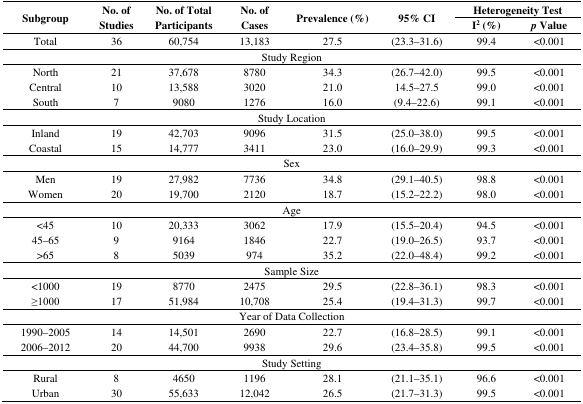
<table><thead><tr><td rowspan="2"><b>Subgroup</b></td><td rowspan="2"><b>No. of Studies</b></td><td rowspan="2"><b>No. of Total Participants</b></td><td rowspan="2"><b>No. of Cases</b></td><td rowspan="2"><b>Prevalence (%)</b></td><td rowspan="2"><b>95% CI</b></td><td colspan="2"><b>Heterogeneity Test</b></td></tr><tr><td><b>I<sup>2</sup> (%)</b></td><td><b><i>p</i> Value</b></td></tr></thead><tbody><tr><td>Total</td><td>36</td><td>60,754</td><td>13,183</td><td>27.5</td><td>(23.3–31.6)</td><td>99.4</td><td>&lt;0.001</td></tr><tr><td colspan="8">Study Region</td></tr><tr><td>North</td><td>21</td><td>37,678</td><td>8780</td><td>34.3</td><td>(26.7–42.0)</td><td>99.5</td><td>&lt;0.001</td></tr><tr><td>Central</td><td>10</td><td>13,588</td><td>3020</td><td>21.0</td><td>14.5–27.5</td><td>99.0</td><td>&lt;0.001</td></tr><tr><td>South</td><td>7</td><td>9080</td><td>1276</td><td>16.0</td><td>(9.4–22.6)</td><td>99.1</td><td>&lt;0.001</td></tr><tr><td colspan="8">Study Location</td></tr><tr><td>Inland</td><td>19</td><td>42,703</td><td>9096</td><td>31.5</td><td>(25.0–38.0)</td><td>99.5</td><td>&lt;0.001</td></tr><tr><td>Coastal</td><td>15</td><td>14,777</td><td>3411</td><td>23.0</td><td>(16.0–29.9)</td><td>99.3</td><td>&lt;0.001</td></tr><tr><td colspan="8">Sex</td></tr><tr><td>Men</td><td>19</td><td>27,982</td><td>7736</td><td>34.8</td><td>(29.1–40.5)</td><td>98.8</td><td>&lt;0.001</td></tr><tr><td>Women</td><td>20</td><td>19,700</td><td>2120</td><td>18.7</td><td>(15.2–22.2)</td><td>98.0</td><td>&lt;0.001</td></tr><tr><td colspan="8">Age</td></tr><tr><td>&lt;45</td><td>10</td><td>20,333</td><td>3062</td><td>17.9</td><td>(15.5–20.4)</td><td>94.5</td><td>&lt;0.001</td></tr><tr><td>45–65</td><td>9</td><td>9164</td><td>1846</td><td>22.7</td><td>(19.0–26.5)</td><td>93.7</td><td>&lt;0.001</td></tr><tr><td>&gt;65</td><td>8</td><td>5039</td><td>974</td><td>35.2</td><td>(22.0–48.4)</td><td>99.2</td><td>&lt;0.001</td></tr><tr><td colspan="8">Sample Size</td></tr><tr><td>&lt;1000</td><td>19</td><td>8770</td><td>2475</td><td>29.5</td><td>(22.8–36.1)</td><td>98.3</td><td>&lt;0.001</td></tr><tr><td>≥1000</td><td>17</td><td>51,984</td><td>10,708</td><td>25.4</td><td>(19.4–31.3)</td><td>99.7</td><td>&lt;0.001</td></tr><tr><td colspan="8">Year of Data Collection</td></tr><tr><td>1990–2005</td><td>14</td><td>14,501</td><td>2690</td><td>22.7</td><td>(16.8–28.5)</td><td>99.1</td><td>&lt;0.001</td></tr><tr><td>2006–2012</td><td>20</td><td>44,700</td><td>9938</td><td>29.6</td><td>(23.4–35.8)</td><td>99.5</td><td>&lt;0.001</td></tr><tr><td colspan="8">Study Setting</td></tr><tr><td>Rural</td><td>8</td><td>4650</td><td>1196</td><td>28.1</td><td>(21.1–35.1)</td><td>96.6</td><td>&lt;0.001</td></tr><tr><td>Urban</td><td>30</td><td>55,633</td><td>12,042</td><td>26.5</td><td>(21.7–31.3)</td><td>99.5</td><td>&lt;0.001</td></tr></tbody></table>